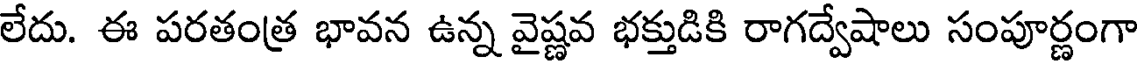
లేదు. ఈ పరతంత్ర భావన ఉన్న వైష్ణవ భక్తుడికి రాగద్వేషాలు సంపూర్ణంగా